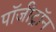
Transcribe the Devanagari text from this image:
पॉजीट्रॉन